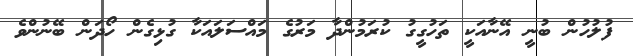
ފުލުހުން ބުނީ އޭނާއަކީ ތަހުގީގު ކުރަމުންދާ މަރުގެ މައްސަލައަކާ ގުޅިގެން ހޯދަން ބޭނުންވެ